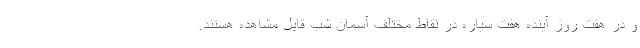
و در هفت روز آینده هفت سیاره در نقاط مختلف آسمان شب قابل مشاهده هستند.